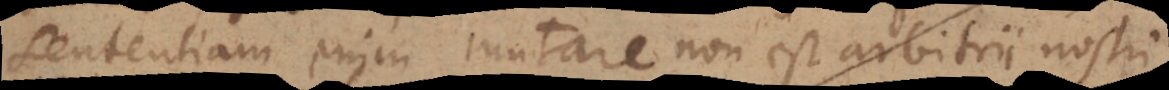
sententiam enim mutare non est arbitrii nostri